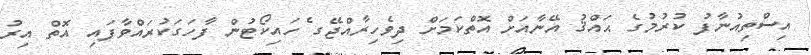
އިސްތިއުނާފު ކުރުމުގެ ޙައްޤު އޭނާއަށް އޮތްކަމަށް ދިވެހިރާއްޖޭގ ެހައިކޯޓުން ފާހަގަކުރައްވާފައި އޮތް އިރު